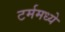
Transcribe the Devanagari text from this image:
टर्ममध्ये